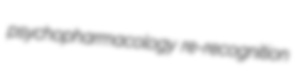
psychopharmacology re-recognition